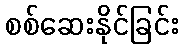
စစ်ဆေးနိုင်ခြင်း